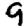
Digit: 9